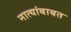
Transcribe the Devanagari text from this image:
नात्यांबाबत